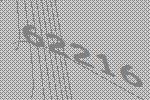
62216